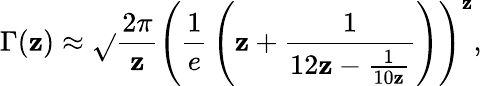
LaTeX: \Gamma(\mathbf{z})\approx{\sqrt{}{{\frac{{2\pi}}{{\mathbf{z}}}}}}\left({\frac{{1}}{{e}}}\left(\mathbf{z}+{\frac{{1}}{{12\mathbf{z}-{\frac{{1}}{{10\mathbf{z}}}}}}}\right)\right)^{\mathbf{z}},